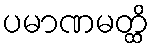
ပမာဏမတ္ထိ